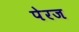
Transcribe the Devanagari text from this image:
पेरज